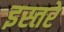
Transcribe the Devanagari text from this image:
इस्तरे